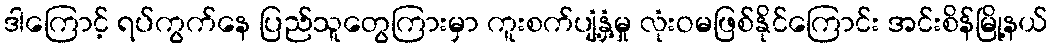
ဒါကြောင့် ရပ်ကွက်နေ ပြည်သူတွေကြားမှာ ကူးစက်ပျံ့နှံ့မှု လုံးဝမဖြစ်နိုင်ကြောင်း အင်းစိန်မြို့နယ်